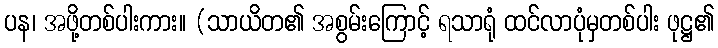
ပန၊ အဖို့တစ်ပါးကား။ (သာယိတ၏ အစွမ်းကြောင့် ရသာရုံ ထင်လာပုံမှတစ်ပါး ဖုဋ္ဌ၏